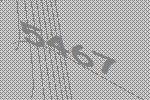
5467